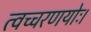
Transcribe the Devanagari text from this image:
त्वच्चरणयोः।